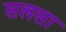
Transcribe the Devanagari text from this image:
सलसा